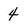
Character: 4